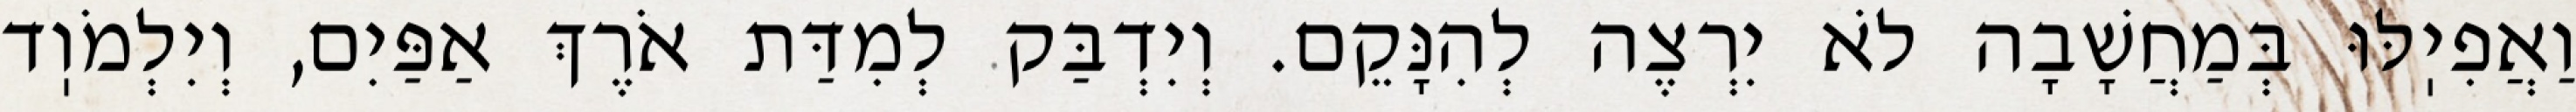
וַאֲפִיֽלּוּ בְּמַחֲשָׁבָה לֹא יִרְצֶה לְהִנָּקֵם. וְיִדְבַּק לְמִדַּת אֹרֶךְ אַפַּיִם, וְיִלְמֹוֽד